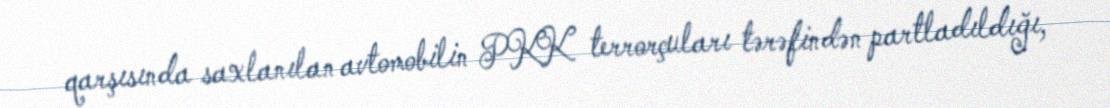
qarşısında saxlanılan avtomobilin PKK terrorçuları tərəfindən partladıldığı,